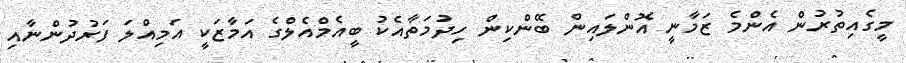
މީގެއިތުރުން އެންމެ ޒަމާނީ އޮންލައިން ބޭންކިން ހިދުމަތާއެކު ބީއެމްއެލްގެ އަމާޒަކީ އަމިއްލަ ފަރުދުންނާއި